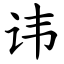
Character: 讳